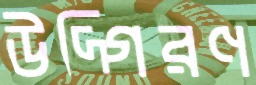
উদ্গিরণ